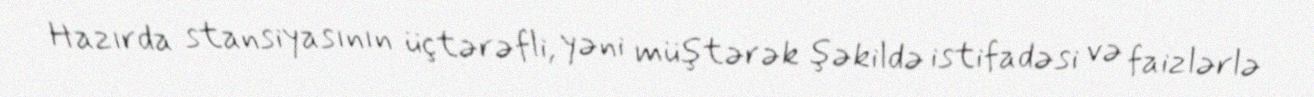
Hazırda stansiyasının üçtərəfli, yəni müştərək şəkildə istifadəsi və faizlərlə